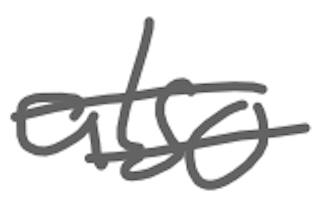
Text: also
Cross-out: double-line
Writing tool: digital_gray